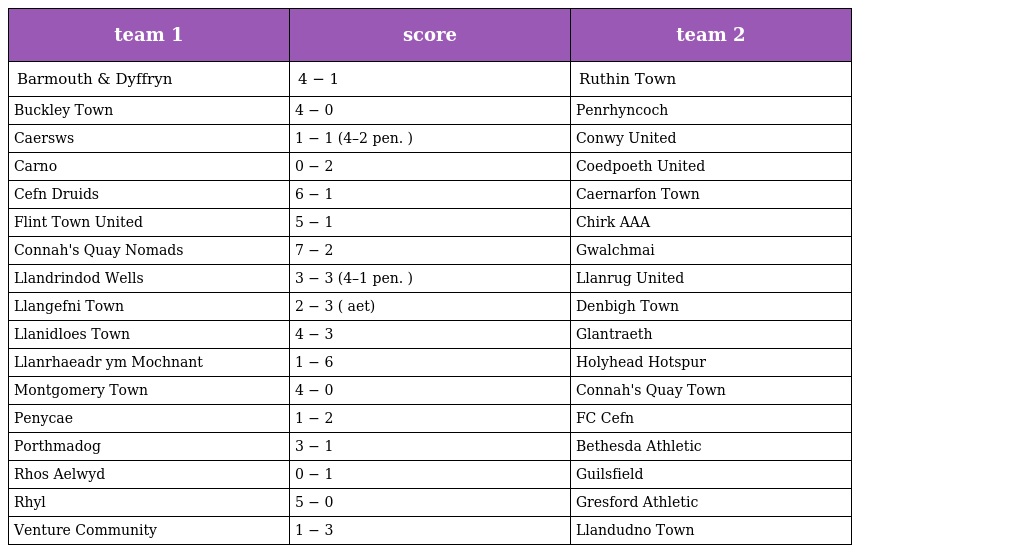
| team 1 | score | team 2 |
 | --- | --- | --- |
 | Barmouth & Dyffryn | 4 − 1 | Ruthin Town |
 | Buckley Town | 4 − 0 | Penrhyncoch |
 | Caersws | 1 − 1 (4–2 pen. ) | Conwy United |
 | Carno | 0 − 2 | Coedpoeth United |
 | Cefn Druids | 6 − 1 | Caernarfon Town |
 | Flint Town United | 5 − 1 | Chirk AAA |
 | Connah's Quay Nomads | 7 − 2 | Gwalchmai |
 | Llandrindod Wells | 3 − 3 (4–1 pen. ) | Llanrug United |
 | Llangefni Town | 2 − 3 ( aet) | Denbigh Town |
 | Llanidloes Town | 4 − 3 | Glantraeth |
 | Llanrhaeadr ym Mochnant | 1 − 6 | Holyhead Hotspur |
 | Montgomery Town | 4 − 0 | Connah's Quay Town |
 | Penycae | 1 − 2 | FC Cefn |
 | Porthmadog | 3 − 1 | Bethesda Athletic |
 | Rhos Aelwyd | 0 − 1 | Guilsfield |
 | Rhyl | 5 − 0 | Gresford Athletic |
 | Venture Community | 1 − 3 | Llandudno Town |